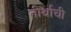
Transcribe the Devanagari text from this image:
तीर्थाची